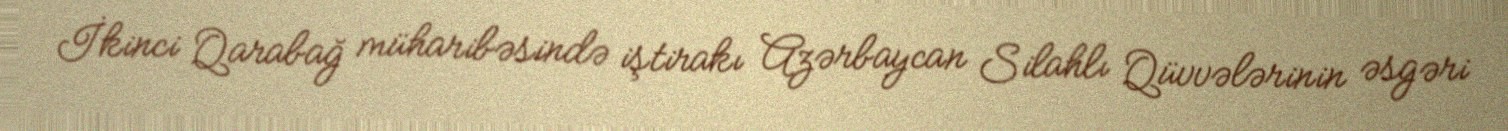
İkinci Qarabağ müharibəsində iştirakı Azərbaycan Silahlı Qüvvələrinin əsgəri